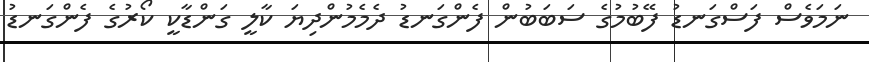
ނަމަވެސް ފަސްގަނޑު ފޭބުމުގެ ސަބަބުން ފެންގަނޑު ދެމެމުންދިޔަ ކާލީ ގަންޑާކީ ކޯރުގެ ފެންގަނޑު